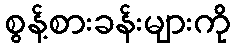
စွန့်စားခန်းများကို